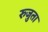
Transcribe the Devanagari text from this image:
रुजुता